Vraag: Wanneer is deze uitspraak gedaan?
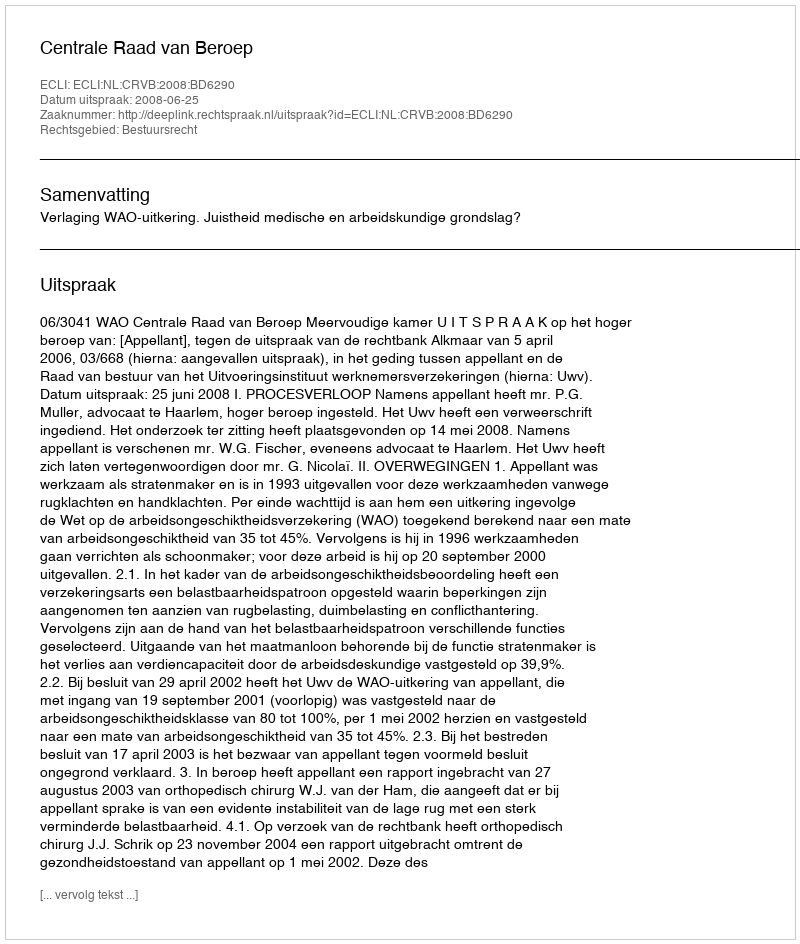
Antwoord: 2008-06-25